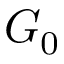
G _ { 0 }